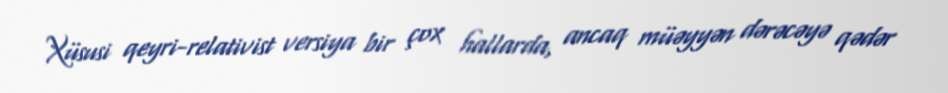
Xüsusi qeyri-relativist versiya bir çox hallarda, ancaq müəyyən dərəcəyə qədər